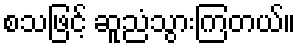
စသဖြင့် ဆူညံသွားကြတယ်။